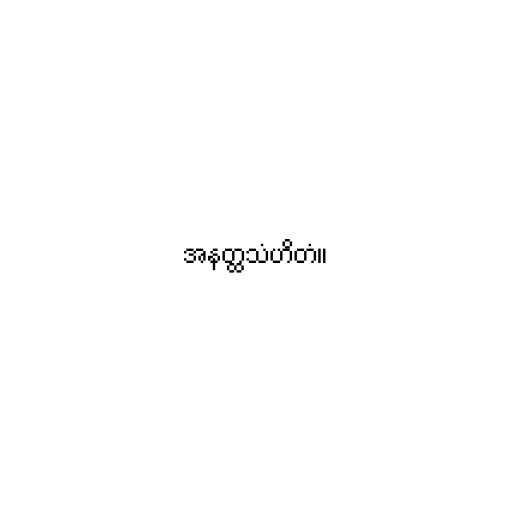
အနတ္ထသံဟိတံ။